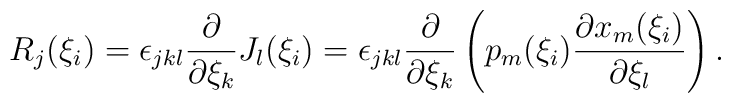
R_j(\xi_i)=\epsilon_{jkl}\frac{\partial}{\partial\xi_k}J_l(\xi_i)=\epsilon_{jkl}\frac{\partial}{\partial\xi_k}\left(p_m(\xi_i)\frac{\partial x_m(\xi_i)}{\partial \xi_l}\right).